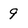
Character: 9